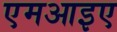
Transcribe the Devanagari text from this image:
एमआइए